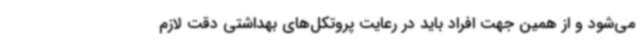
می‌شود و از همین جهت افراد باید در رعایت پروتکل‌های بهداشتی دقت لازم